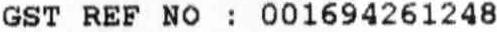
GST REF NO : 001694261248